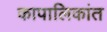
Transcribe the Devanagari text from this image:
कापालिकांत